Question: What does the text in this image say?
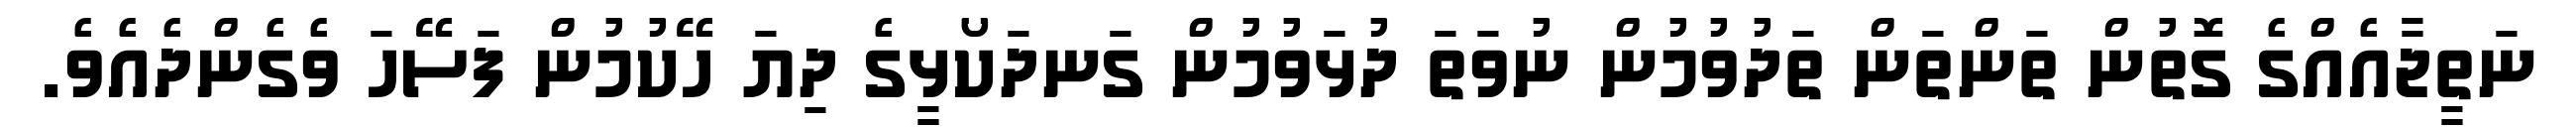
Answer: ނަތީޖާއެއްގެ ގޮތުން ތަންތަން ތަދުވުމުން ނުވަތަ ދުޅަވުމުން ގަނދަކޯޅީގެ ދިޔަ ހޭކުމުން ފަސޭހަ ވެގެންދެއެވެ.